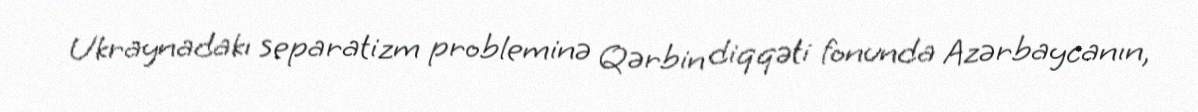
Ukraynadakı separatizm probleminə Qərbin diqqəti fonunda Azərbaycanın,